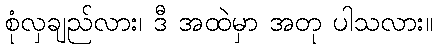
စုံလှချည်လား၊ ဒီ အထဲမှာ အတု ပါသလား။